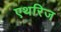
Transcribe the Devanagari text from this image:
एथरिज